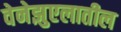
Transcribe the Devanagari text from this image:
वेनेझुएलातील